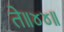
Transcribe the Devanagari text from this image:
ते॥४४॥